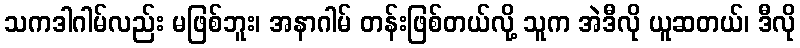
သကဒါဂါမ်လည်း မဖြစ်ဘူး၊ အနာဂါမ် တန်းဖြစ်တယ်လို့ သူက အဲဒီလို ယူဆတယ်၊ ဒီလို